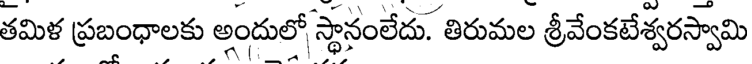
తమిళ ప్రబంధాలకు అందులో స్థానంలేదు. తిరుమల శ్రీవేంకటేశ్వరస్వామి